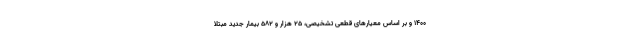
۱۴۰۰ و بر اساس معیارهای قطعی تشخیصی، ۲۵ هزار و ۵۸۲ بیمار جدید مبتلا